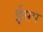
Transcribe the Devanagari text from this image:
ई्सप